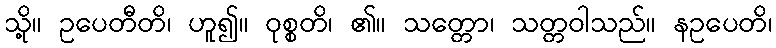
သို့။ ဥပေတီတိ၊ ဟူ၍။ ဝုစ္စတိ၊ ၏။ သတ္တော၊ သတ္တဝါသည်။ နဥပေတိ၊